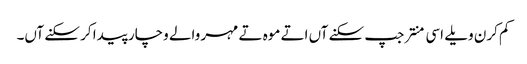
کم کرن ویلے اسی منتر جپ سکنے آں اتے موہ تے مہر والے وچار پیدا کر سکنے آں۔